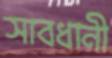
সাবধানী